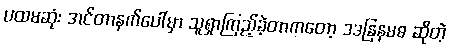
ပထမဆုံး အင်တာနက်ပေါ်မှာ သူရှာကြည့်ခဲ့တာကတော့ ဒဒနြနမဓ ဆိုတဲ့